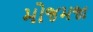
મોજમજા